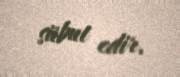
sübut edir.